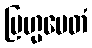
ဗြဟ္မမေတံ